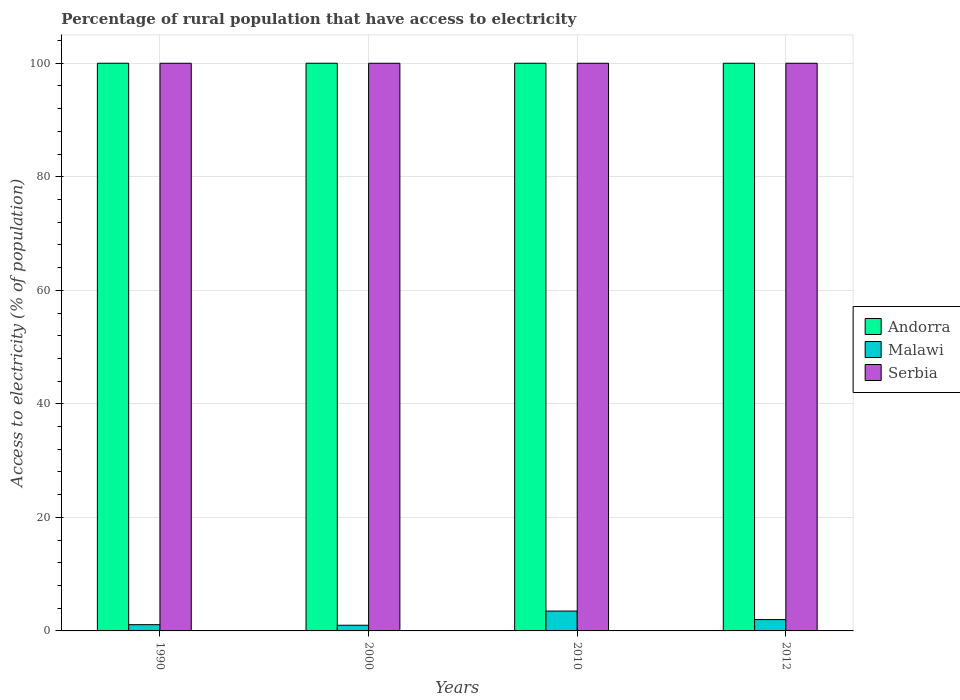
| Years | Andorra | Malawi | Serbia |
 | --- | --- | --- | --- |
 | 1990 | 100 | 1.1 | 100 |
 | 2000 | 100 | 1 | 100 |
 | 2010 | 100 | 3.5 | 100 |
 | 2012 | 100 | 2 | 100 |